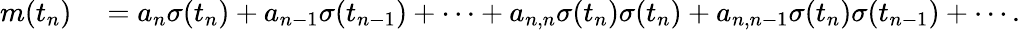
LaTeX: \begin{array}{rl}{m(t_{n})}&{{}=a_{n}\sigma(t_{n})+a_{n-1}\sigma(t_{n-1})+\cdots+a_{n,n}\sigma(t_{n})\sigma(t_{n})+a_{n,n-1}\sigma(t_{n})\sigma(t_{n-1})+\cdots.}\end{array}